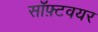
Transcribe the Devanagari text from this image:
सॉफ़्टवयर